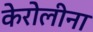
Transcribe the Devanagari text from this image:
केरोलीना